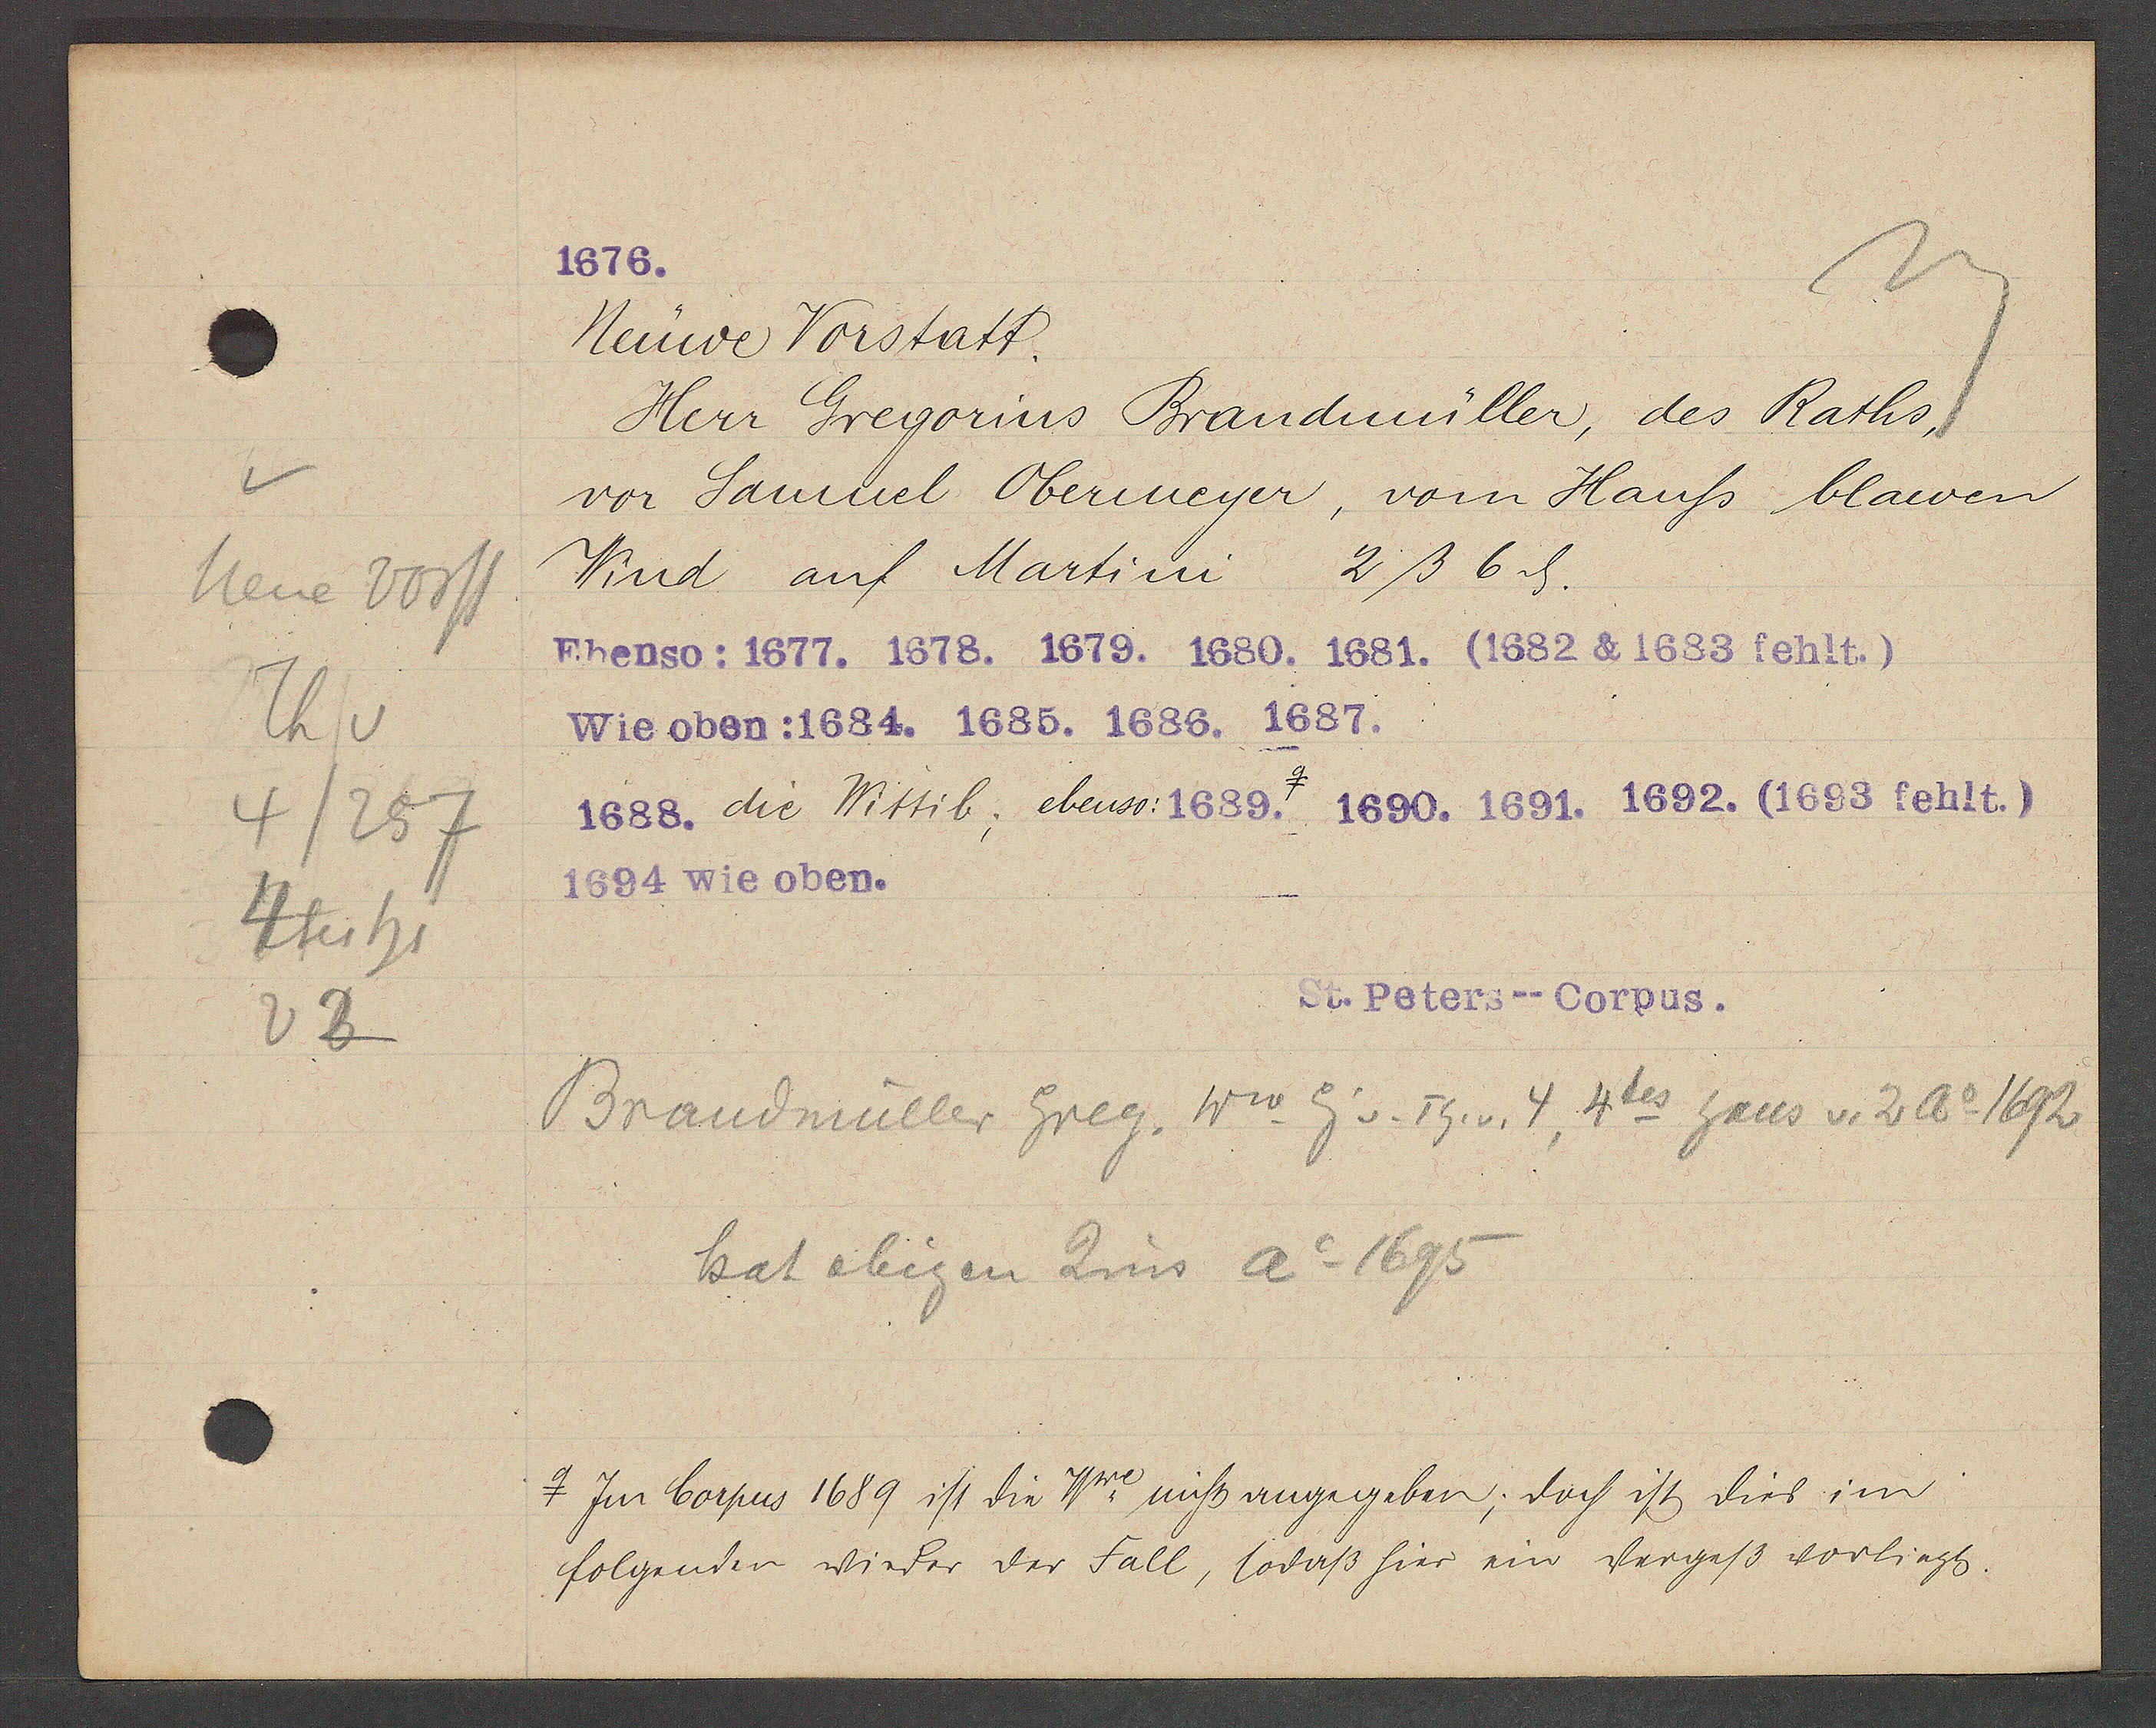
Transcript:
neue Vorst
Th v
4/257
4tes hs
v2

1676.

Neuwe Vorstatt.
Herr Gregorius Brandmüller, des Raths,
vor Samuel Obermeyer, vom Hauss blawen
Wind auf Martini 2ß 6ȡ.
Ebenso: 1677. 1678. 1679. 1680. 1681. (1682 & 1683 fehlt.)
Wie oben: 1684. 1685. 1686. 1687.
1688. die Wittib, ebenso: 1689. 1690. 1691. 1692. (1693 fehlt.)
1694 wie oben.

St. Peters--Corpus.

Brandmüller Greg. Ww Eig v. Th. v. 4, 4tes haus v. 2 Ao 1692
hat obigen Zins Ao 1695
Im Corpus 1689 ist die Wwe nicht angegeben; doch ist dies im
folgenden wieder der Fall, sodaß hier ein Vergess vorliegt.